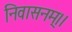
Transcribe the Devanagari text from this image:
निवासनम्।।